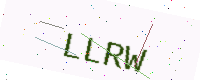
Text: LLRW